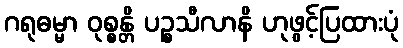
ဂရုဓမ္မာ ဝုစ္စန္တိ ပဉ္စသီလာနိ ဟုဖွင့်ပြထားပုံ